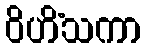
ဝိဟိံသကာ